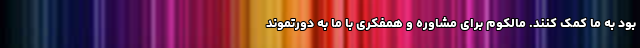
بود به ما کمک کنند. مالکوم برای مشاوره و همفکری با ما به دورتموند